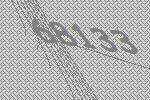
68133